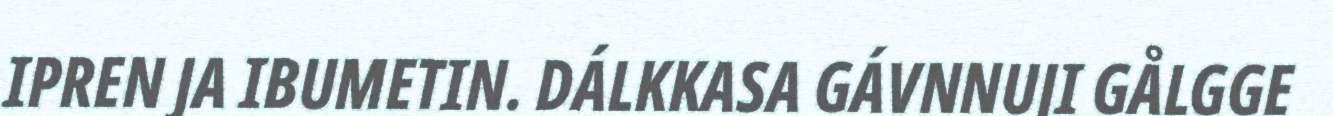
IPREN JA IBUMETIN. DÁLKKASA GÁVNNUJI GÅLGGE